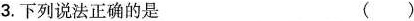
3.下列说法正确的是 ()